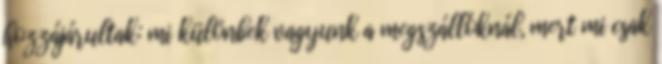
hozzájárultak: mi különbek vagyunk a megszállóknál, mert mi csak